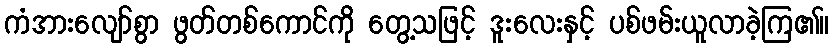
ကံအားလျော်စွာ ဖွတ်တစ်ကောင်ကို တွေ့သဖြင့် ဒူးလေးနှင့် ပစ်ဖမ်းယူလာခဲ့ကြ၏။